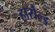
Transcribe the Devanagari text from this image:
हारोल्ड